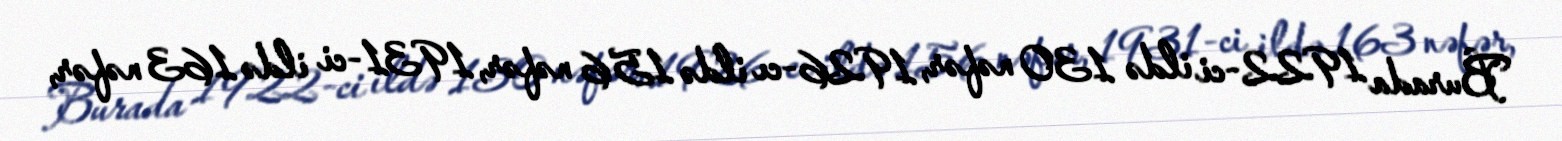
Burada 1922-ci ildə 130 nəfər, 1926-cı ildə 156 nəfər, 1931-ci ildə 163 nəfər,